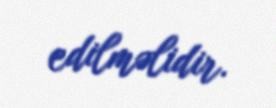
edilməlidir.